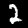
Digit: 2